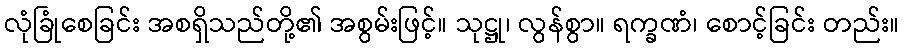
လုံခြုံစေခြင်း အစရှိသည်တို့၏ အစွမ်းဖြင့်။ သုဋ္ဌု၊ လွန်စွာ။ ရက္ခဏံ၊ စောင့်ခြင်း တည်း။